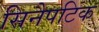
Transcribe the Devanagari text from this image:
सिनैपटिक